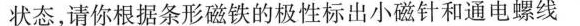
状态，请你根据条形磁铁的极性标出小磁针和通电螺线